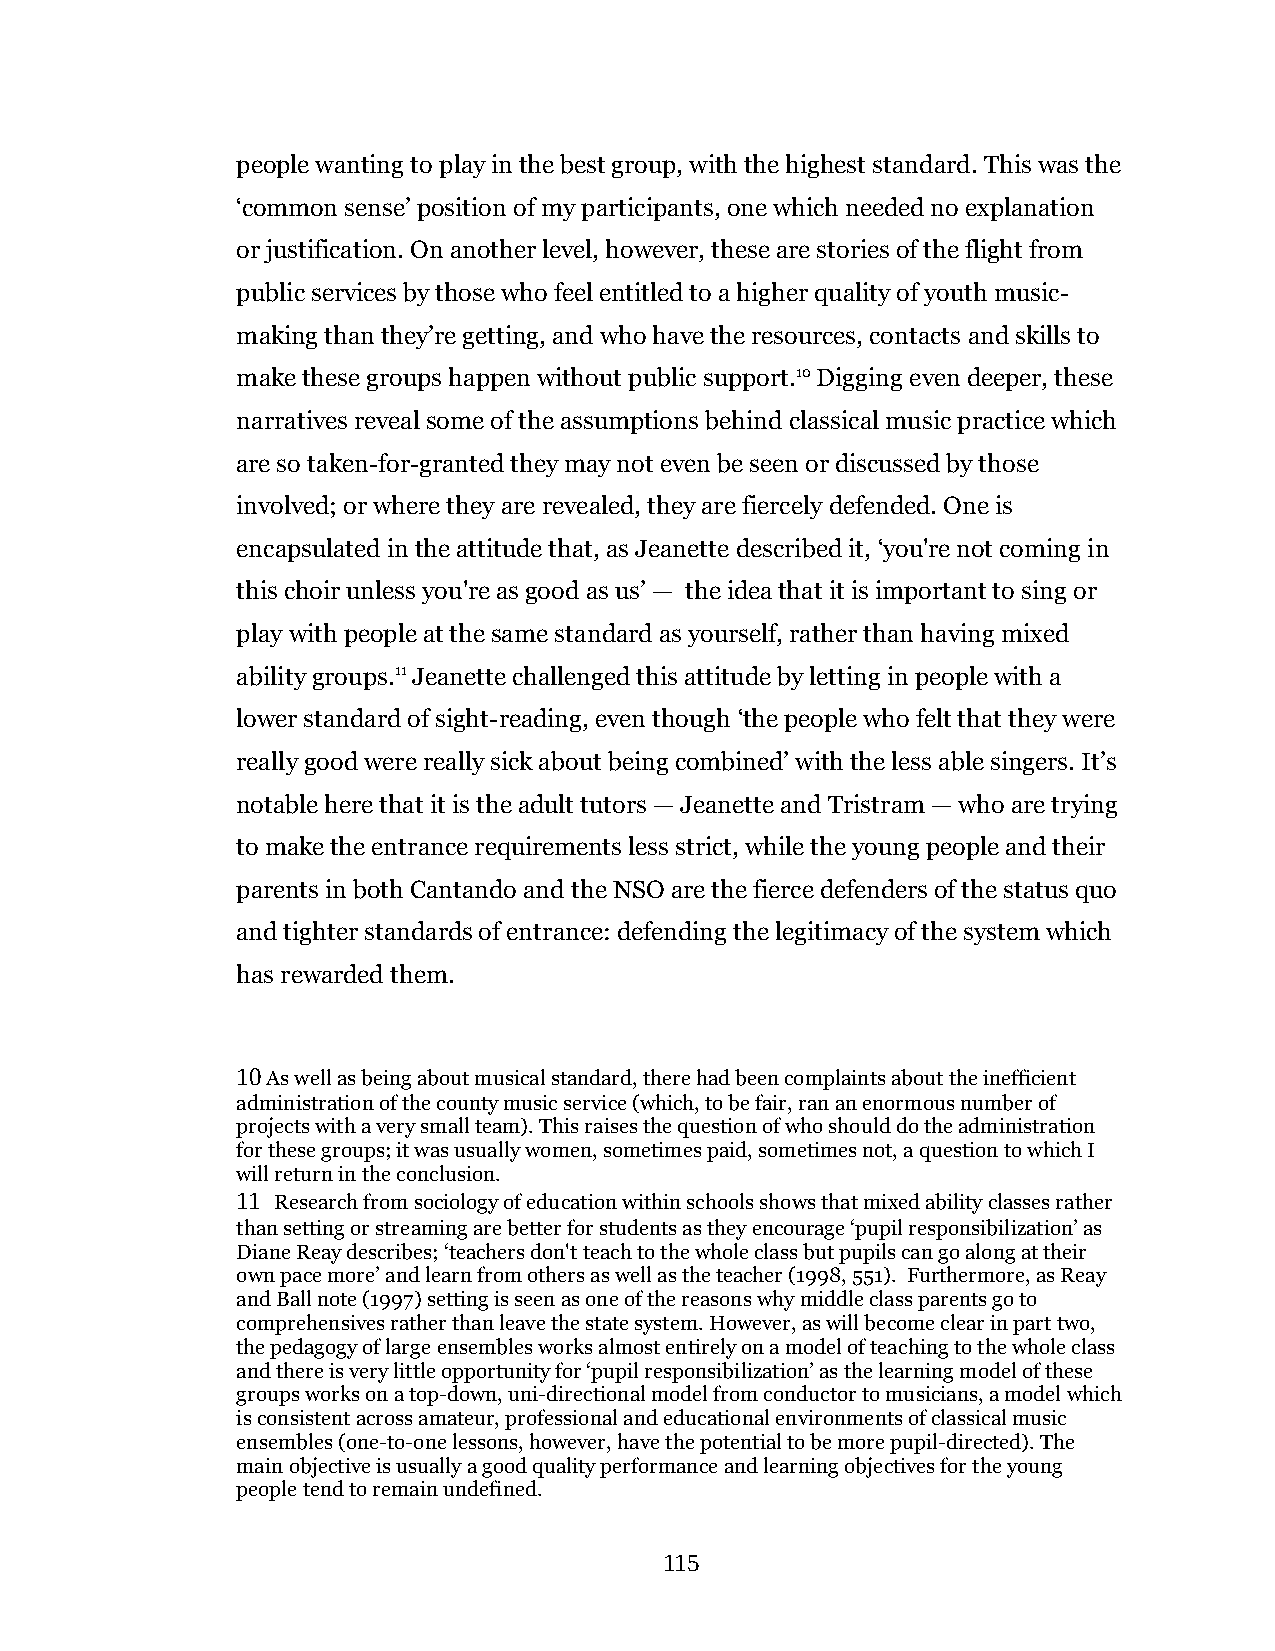
people wanting to play in the best group, with the highest standard. This was the
 ‘common sense’ position of my participants, one which needed no explanation
 or justification. On another level, however, these are stories of the flight from
 public services by those who feel entitled to a higher quality of youth music-
 making than they’re getting, and who have the resources, contacts and skills to
 make these groups happen without public support.10 Digging even deeper, these
 narratives reveal some of the assumptions behind classical music practice which
 are so taken-for-granted they may not even be seen or discussed by those
 involved; or where they are revealed, they are fiercely defended. One is
 encapsulated in the attitude that, as Jeanette described it, ‘you're not coming in
 this choir unless you're as good as us’ — the idea that it is important to sing or
 play with people at the same standard as yourself, rather than having mixed
 ability groups.11 Jeanette challenged this attitude by letting in people with a
 lower standard of sight-reading, even though ‘the people who felt that they were
 really good were really sick about being combined’ with the less able singers. It’s
 notable here that it is the adult tutors — Jeanette and Tristram — who are trying
 to make the entrance requirements less strict, while the young people and their
 parents in both Cantando and the NSO are the fierce defenders of the status quo
 and tighter standards of entrance: defending the legitimacy of the system which
 has rewarded them.
 10 As well as being about musical standard, there had been complaints about the inefficient
 administration of the county music service (which, to be fair, ran an enormous number of
 projects with a very small team). This raises the question of who should do the administration
 for these groups; it was usually women, sometimes paid, sometimes not, a question to which I
 will return in the conclusion.
 11 Research from sociology of education within schools shows that mixed ability classes rather
 than setting or streaming are better for students as they encourage ‘pupil responsibilization’ as
 Diane Reay describes; ‘teachers don't teach to the whole class but pupils can go along at their
 own pace more’ and learn from others as well as the teacher (1998, 551). Furthermore, as Reay
 and Ball note (1997) setting is seen as one of the reasons why middle class parents go to
 comprehensives rather than leave the state system. However, as will become clear in part two,
 the pedagogy of large ensembles works almost entirely on a model of teaching to the whole class
 and there is very little opportunity for ‘pupil responsibilization’ as the learning model of these
 groups works on a top-down, uni-directional model from conductor to musicians, a model which
 is consistent across amateur, professional and educational environments of classical music
 ensembles (one-to-one lessons, however, have the potential to be more pupil-directed). The
 main objective is usually a good quality performance and learning objectives for the young
 people tend to remain undefined.
 115